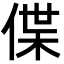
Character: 偞